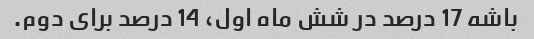
باشه 17 درصد در شش ماه اول، 14 درصد برای دوم.